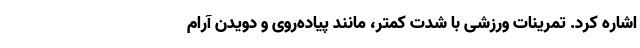
اشاره کرد. تمرینات ورزشی با شدت کمتر، مانند پیاده‌روی و دویدن آرام